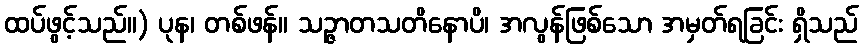
ထပ်ဖွင့်သည်။) ပုန၊ တစ်ဖန်။ သဉ္ဇာတသတိနောပိ၊ အလွန်ဖြစ်သော အမှတ်ရခြင်း ရှိသည်